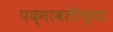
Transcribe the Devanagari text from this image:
पद्मावतीच्या